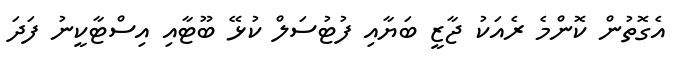
އެގޮތުން ކޮންމެ ރެއަކު ޖާޒީ ބަޔާއި ފުޓުސަލް ކުޅޭ ބޫޓާއި އިސްޓާކީނު ފަދަ